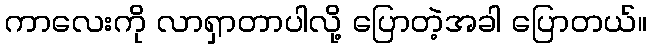
ကာလေးကို လာရှာတာပါလို့ ပြောတဲ့အခါ ပြောတယ်။